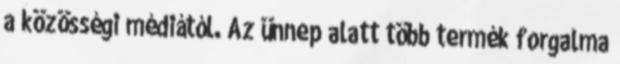
a közösségi médiától. Az ünnep alatt több termék forgalma